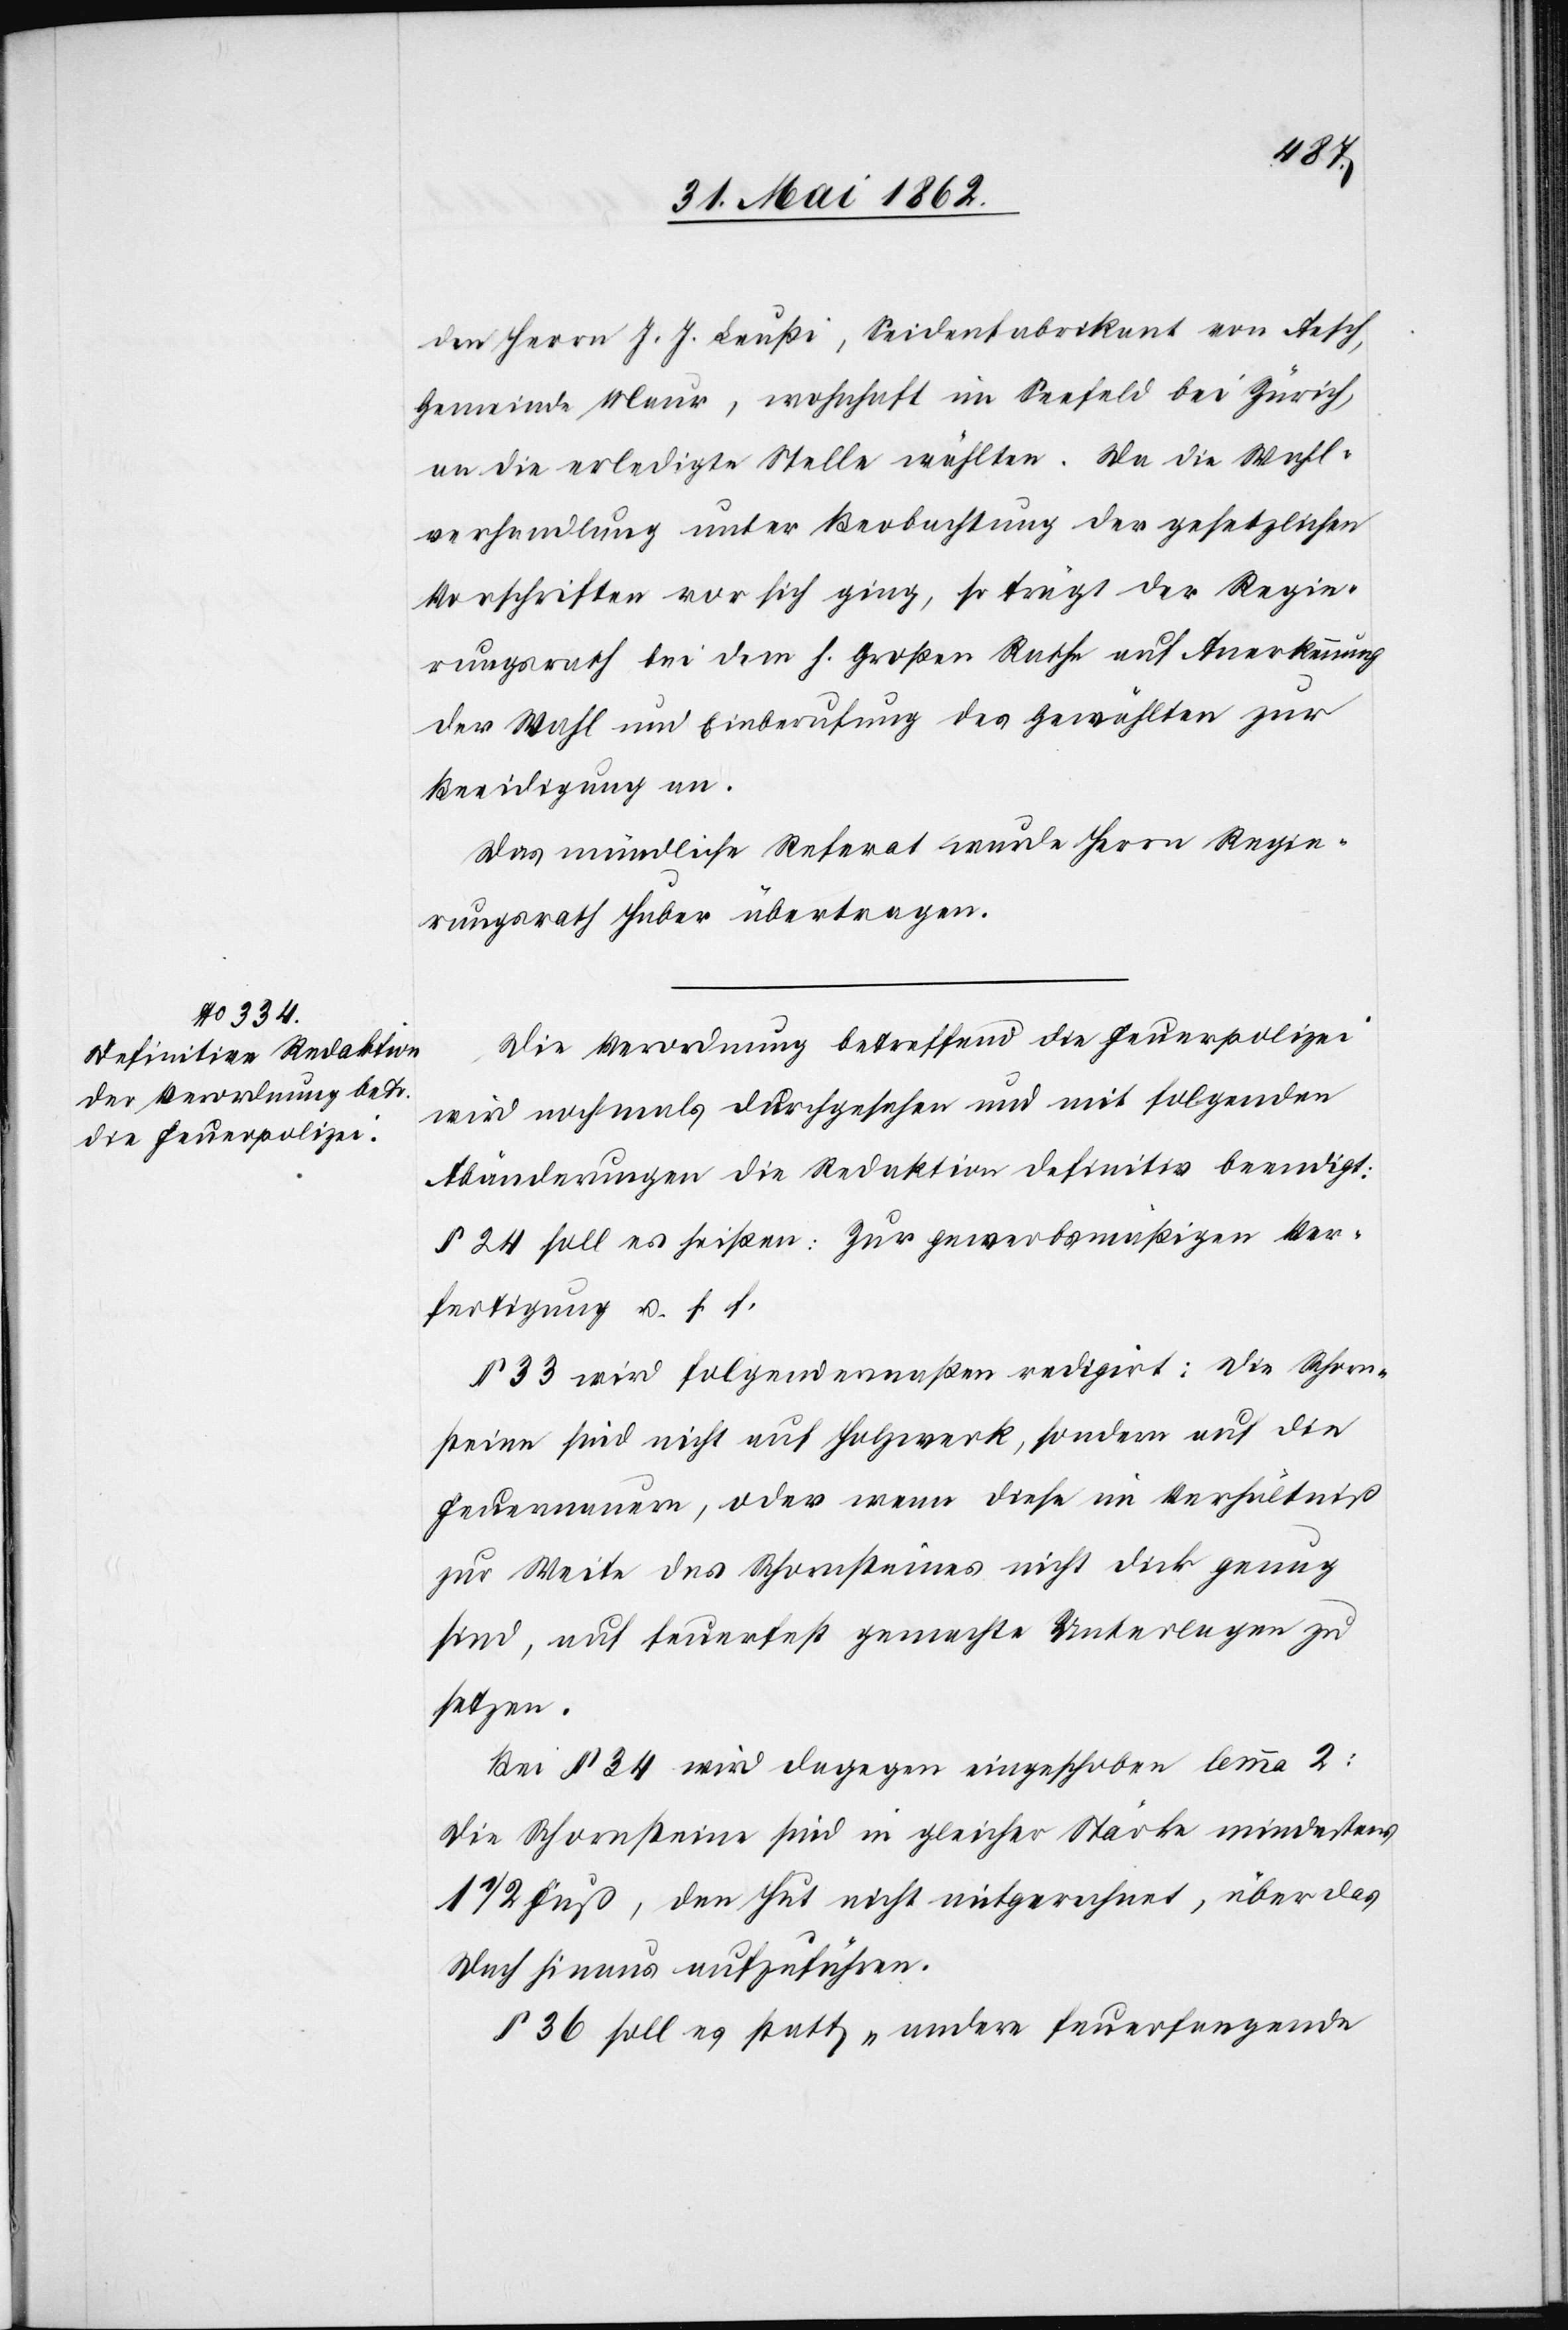
den Herrn J. J. Leußi, Seidenfabrikant von Aesch,
Gemeinde Maur, wohnhaft im Seefeld bei Zürich,
an die erledigte Stelle wählten. Da die Wahl¬
verhandlung unter Beobachtung der gesetzlichen
Vorschriften vor sich ging, so trägt der Regie¬
rungsrath bei dem h. Großen Rathe auf Anerkennung
der Wahl um Einberufung des Gewählten zur
Beeidigung an.
Das mündliche Referat wurde Herrn Regie¬
rungsrath Huber übertragen.
Die Verordnung betreffend die Feuerpolizei
wird nochmals durchgesehen und mit folgenden
Abänderungen die Redaktion definitiv beendigt:
§ 24 soll es heißen: Zur gewerbsmäßigen Ver¬
fertigung u. s. f.
§ 33 wird folgendermaßen redigirt: Die Schorn¬
steine sind nicht auf Holzwerk, sondern auf die
Feuermauern, oder wenn diese im Verhältniß
zur Weite des Schornsteines nicht dick genug
sind, auf feuerfest gemachte Unterlagen zu
setzen.
Bei § 34 wird dagegen eingeschoben lemma 2:
Die Schornsteine sind in gleicher Stärke mindestens
1/2 Fuß, den Hut nicht mitgerechnet, über das
Dach hinaus aufzuführen.
§ 36 soll es statt „andere feuerfangende